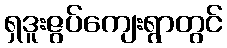
ရှဒူးဇွပ်ကျေးရွာတွင်